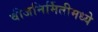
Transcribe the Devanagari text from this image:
वीजनिर्मितीमध्ये